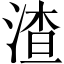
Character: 渣